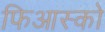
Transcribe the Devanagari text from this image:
फिआस्को